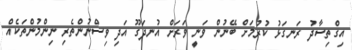
އިގްތިސާދު ރަނގަޅު ކުރުމަށް ބޭނުން ވަނީ ވަރަށް އުނދަގޫ އަދި ވިސްނުންތެރި ނިންމުންތަކެއް